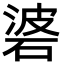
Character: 碆